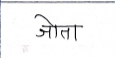
मजकूर: जोता